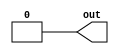
// This program was cloned from: https://github.com/milind7777/VerilogDocGen
// License: MIT License

module m2014_q4i(
  output out
);

  assign out = 1'b0;

endmodule